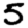
Digit: 5